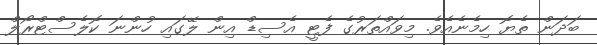
ބަދަން ތެޔޮ ހިމެނެއެވެ. މިވައްތަރުގެ ފެޓީ އެސިޑް އިން ލޭގައި ހުންނަ ކޮލެސްޓްރޯލް